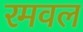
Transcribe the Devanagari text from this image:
रमवल